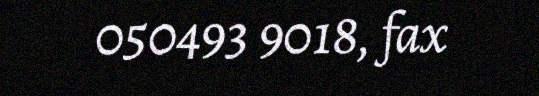
050493 9018, fax